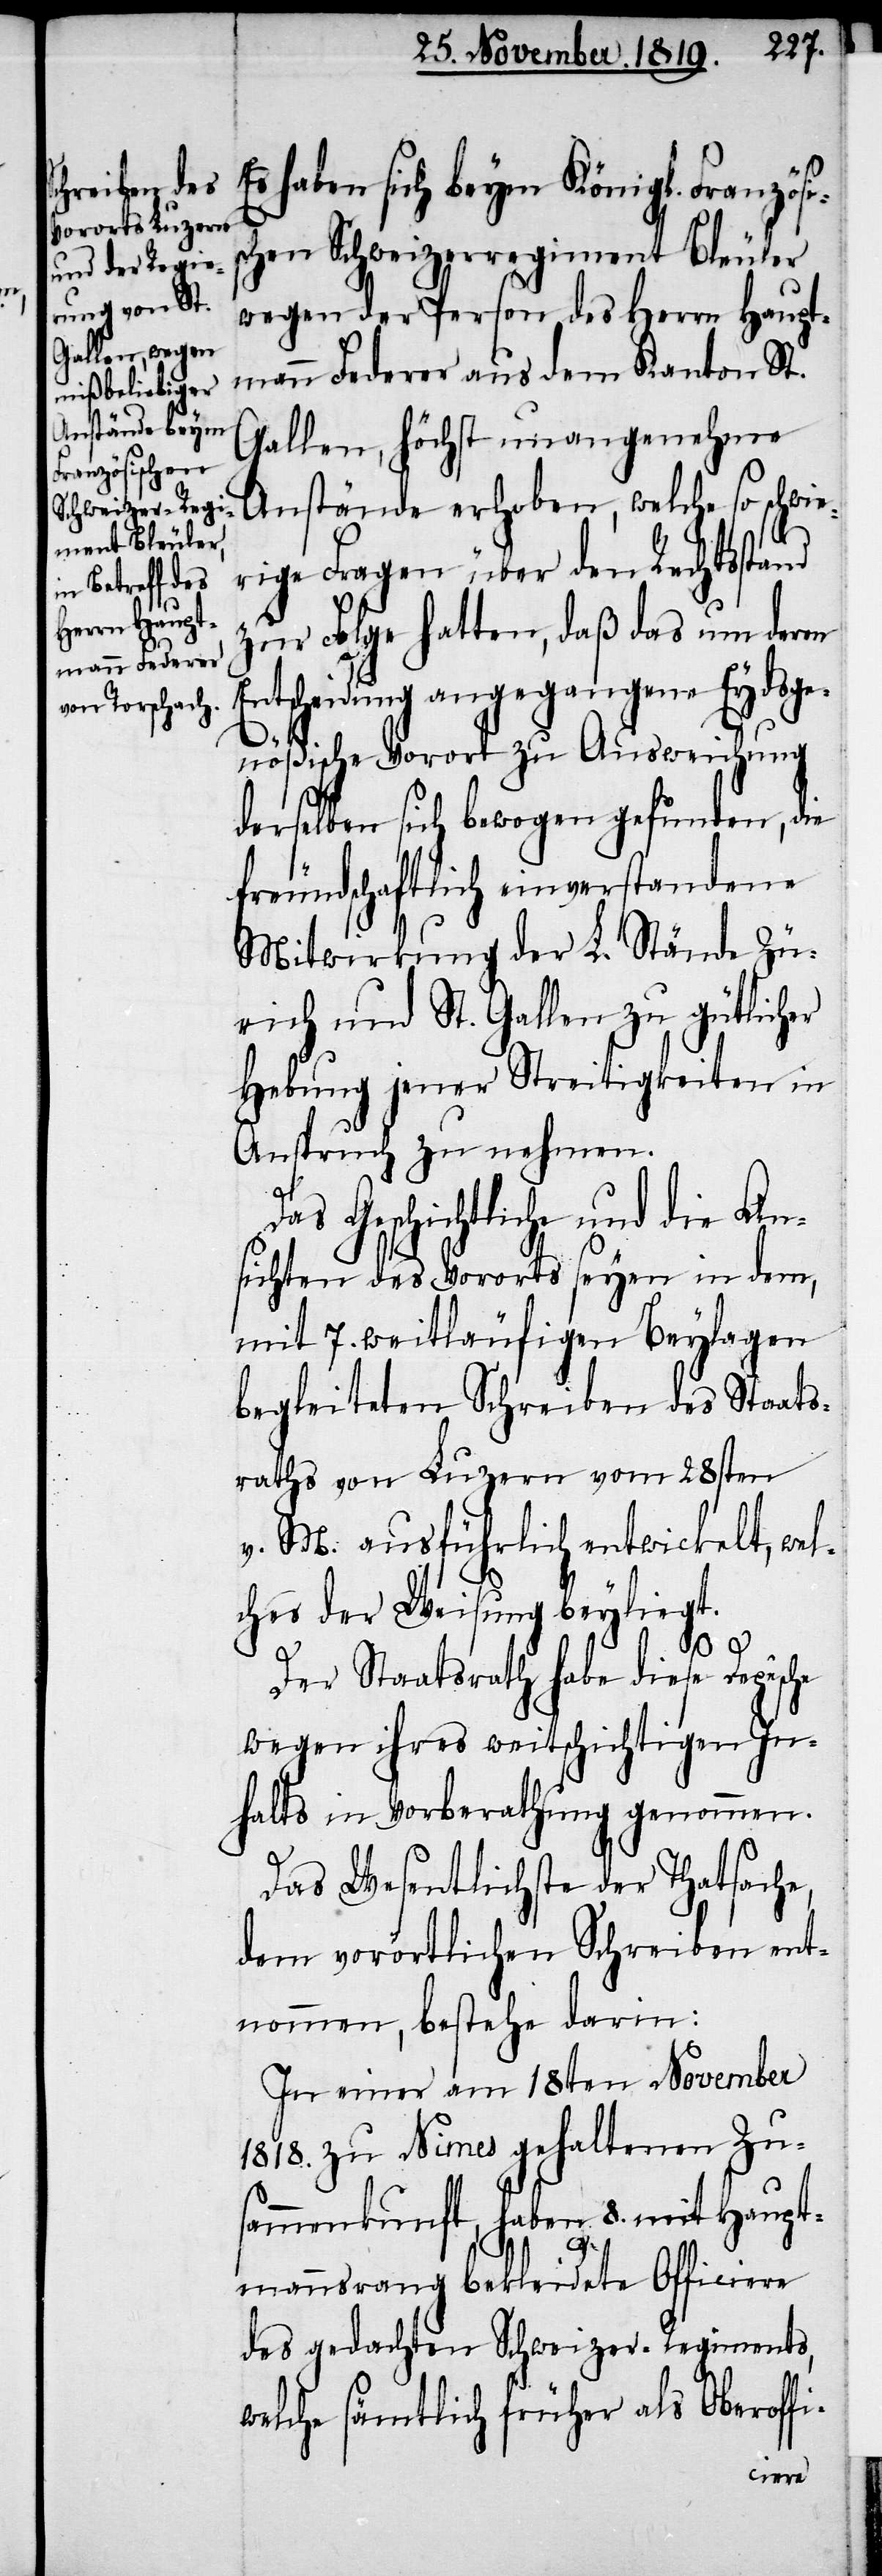
Es haben sich beym Königl. Französi¬
schen Schweizerregiment Bleuler
wegen der Person des Herrn Haupt¬
mann Federer aus dem Kanton St.
Gallen, höchst unangenehme
Anstände erhoben, welche so schwie¬
rige Fragen über den Rechtsstand
zur Folge hatten, daß das um deren
Entscheidung angegangene Eydsge¬
nößische Vorort zu Ausweichung
derselben sich bewogen gefunden, die
freundschaftlich einverstandene
Mitwirkung der L. Stände Zü¬
rich und St. Gallen zu gütlicher
Hebung jener Streitigkeiten in
Anspruch zu nehmen.
Das Geschichtliche und die An¬
sichten des Vororts seyen in dem,
mit 7. weitläufigen Beylagen
begleiteten Schreiben des Staats¬
raths von Luzern vom 28sten
v. M. ausführlich entwickelt, wel¬
ches der Weisung beyliegt.
Der Staatsrath habe diese Depêche
wegen ihres weitschichtigen In¬
halts in Vorberathung genommen.
Das Wesentlichste der Thatsache,
dem vorörtlichen Schreiben ent¬
nommen, bestehe darin:
In einer am 18ten November
1818. zu Nimes gehaltenen Zu¬
sammenkunft, haben 8. mit Haupt¬
mannsrang bekleidete Officiere
des gedachten Schweizer-Regiments,
welche sämtlich früher als Oberoffi-